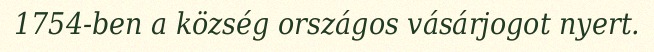
1754-ben a község országos vásárjogot nyert.